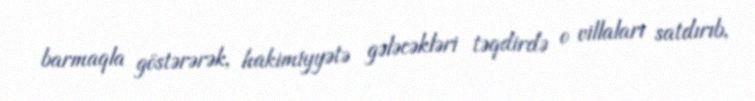
barmaqla göstərərək, hakimiyyətə gələcəkləri təqdirdə o villaları satdırıb,